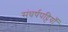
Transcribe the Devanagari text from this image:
संघर्षपट्टियाँ